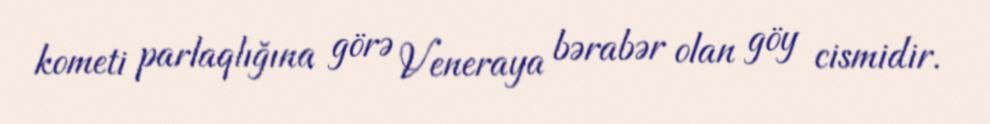
kometi parlaqlığına görə Veneraya bərabər olan göy cismidir.